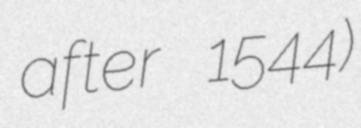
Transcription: after 1544)